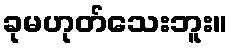
ခုမဟုတ်သေးဘူး။